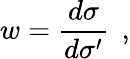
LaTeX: w={\frac{d\sigma}{d\sigma^{\prime}}}\; \, ,